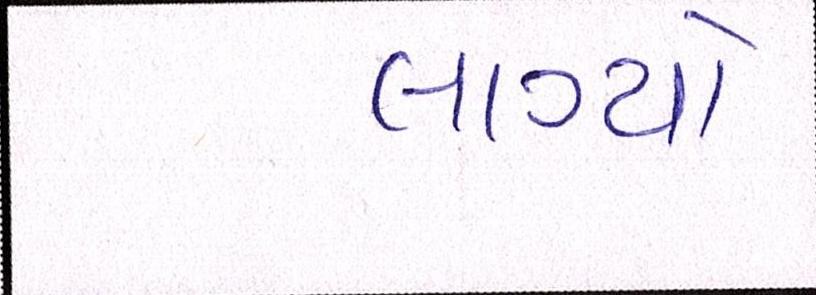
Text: લાગ્યો